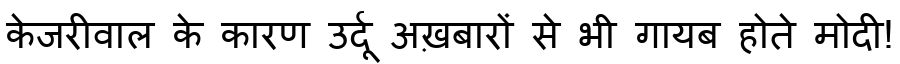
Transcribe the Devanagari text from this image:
केजरीवाल के कारण उर्दू अख़बारों से भी गायब होते मोदी!